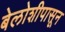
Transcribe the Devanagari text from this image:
बेलोशीपासून